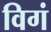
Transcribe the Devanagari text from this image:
विगं